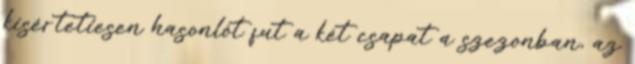
kísértetiesen hasonlót fut a két csapat a szezonban, az